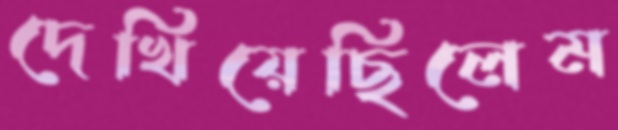
দেখিয়েছিলেম